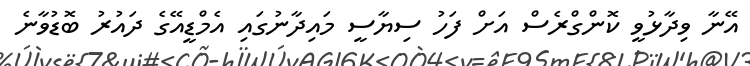
އޭނާ ވިދާޅުވީ ކޮންގްރެސް އަށް ފަހު ސިޔާސީ މައިދާނުގައި އެމްޑީއޭގެ ދައުރު ބޮޑުވާނެ